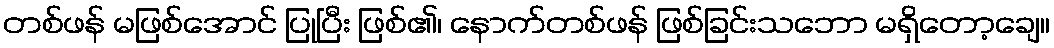
တစ်ဖန် မဖြစ်အောင် ပြုပြီး ဖြစ်၏၊ နောက်တစ်ဖန် ဖြစ်ခြင်းသဘော မရှိတော့ချေ။